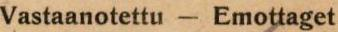
Vastaanotettu - Emottaget